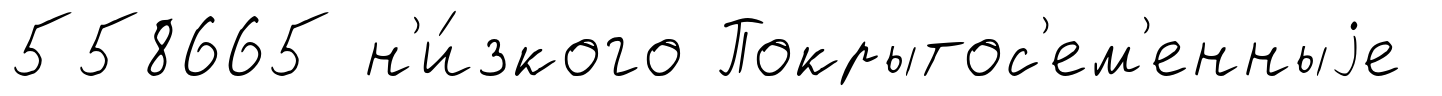
558665 н'и́зкого Покрытос'ем'енныjе